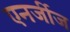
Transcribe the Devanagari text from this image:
एनर्जीज